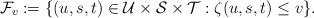
LaTeX: \begin{align*} \mathcal{F}_v:=\{(u,s,t)\in\mathcal{U}\times\mathcal{S}\times\mathcal{T}:\zeta(u,s,t)\le v\}. \end{align*}